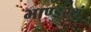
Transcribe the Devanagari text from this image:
भाण्डस्थं